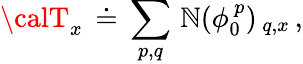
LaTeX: {\calT}_{x}\, \doteq\, \sum_{p,q}\, {\cal\mathbb{N}}(\phi_{0}^{\, p})_{\, q,x}\, ,